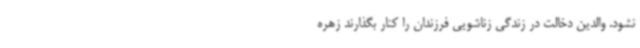
نشود. والدین دخالت در زندگی زناشویی فرزندان را کنار بگذارند زهره